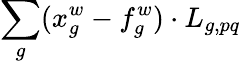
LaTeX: \sum_{g}(x_{g}^{w}-f_{g}^{w})\cdot L_{g,pq}